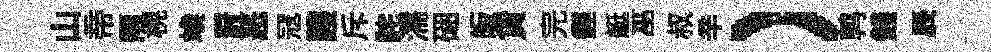
山帝雨榥竢罸恶冦護斥詫濡硱皈貨完鏗艇巫叔辛）鹑錢辰